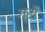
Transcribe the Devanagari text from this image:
ग्रौ